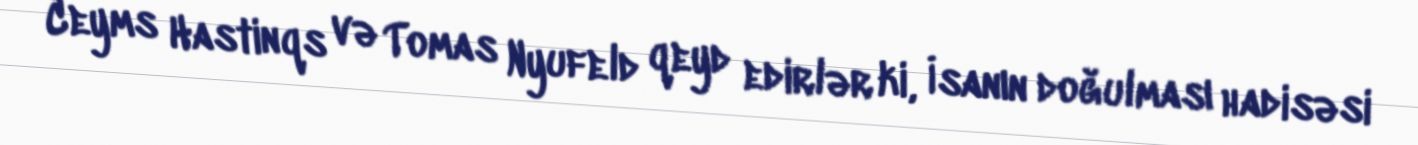
Ceyms Hastinqs və Tomas Nyufeld qeyd edirlər ki, İsanın doğulması hadisəsi